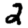
Digit: 2